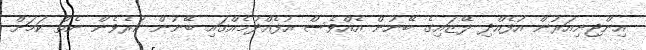
އިންޖިނިއަރުން އުފެއްދި ލޭޒައިގެ ބޭނުން އެއްވެސް އުފެއްދުމެއްގައި ބޭނުން ކުރެވެން ނެތް ކަމަށް